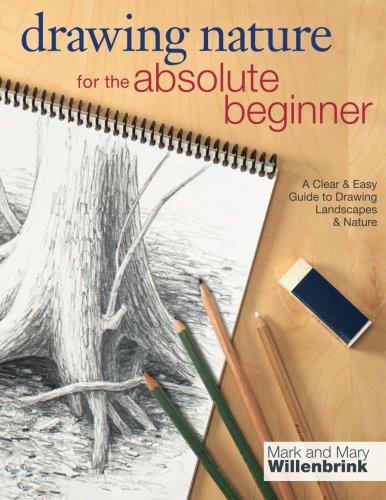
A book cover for Drawing Nature for the Absolute Beginner: A Clear & Easy Guide to Drawing Landscapes & Nature (Art for the Absolute Beginner); Mark Willenbrink; Arts & Photography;